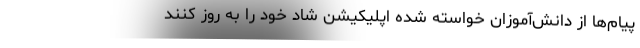
پیام‌ها از دانش‌آموزان خواسته شده اپلیکیشن شاد خود را به روز کنند